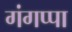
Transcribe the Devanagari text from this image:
गंगप्पा